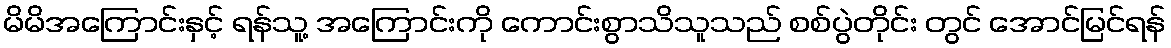
မိမိအကြောင်းနှင့် ရန်သူ့ အကြောင်းကို ကောင်းစွာသိသူသည် စစ်ပွဲတိုင်း တွင် အောင်မြင်ရန်